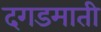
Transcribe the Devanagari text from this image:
दगडमाती